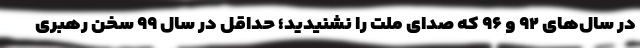
در سال‌های ۹۲ و ۹۶ که صدای ملت را نشنیدید؛ حداقل در سال ۹۹ سخن رهبری